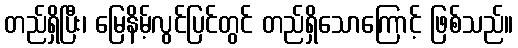
တည်ရှိပြီး၊ မြေနိမ့်လွင်ပြင်တွင် တည်ရှိသောကြောင့် ဖြစ်သည်။